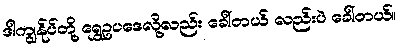
ဒါကျွန်ုပ်တို့ ရွှေဥပဒေလို့လည်း ခေါ်တယ် လည်းပဲ ခေါ်တယ်။